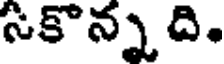
సకొన్న ది.